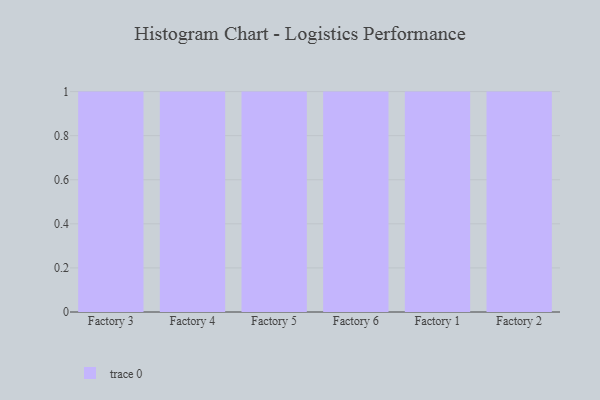
{"axis": {"x": "Factory", "y": "Energy Usage (MWh)"}, "legend": [""], "data": [{"x": "Factory 3", "y": 38, "type": ""}, {"x": "Factory 4", "y": 75, "type": ""}, {"x": "Factory 5", "y": 42, "type": ""}, {"x": "Factory 6", "y": 83, "type": ""}, {"x": "Factory 1", "y": 74, "type": ""}, {"x": "Factory 2", "y": 3, "type": ""}]}